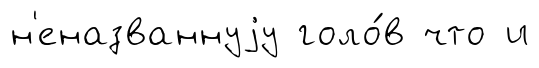
н'еназваннуjу голо́в что и